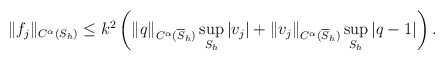
\begin{align*} \begin{aligned} \|f_{j}\|_{C^{\alpha} (S_h)}& \leq k^2\left(\|q\|_{C^{\alpha}(\overline S_h)}\sup_{S_h}\vert v_{j} \vert+\|v_{j}\|_{C^{\alpha}( \overline S_h)}\sup_{S_h}\vert q-1\vert\right). \end{aligned} \end{align*}